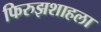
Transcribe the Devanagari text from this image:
फिरुझशाहला